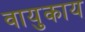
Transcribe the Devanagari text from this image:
वायुकाय